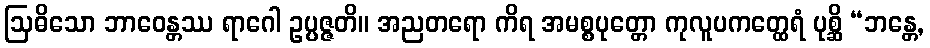
ဩဓိသော ဘာဝေန္တဿ ရာဂေါ ဥပ္ပဇ္ဇတိ။ အညတရော ကိရ အမစ္စပုတ္တော ကုလူပကတ္ထေရံ ပုစ္ဆိ “ဘန္တေ,